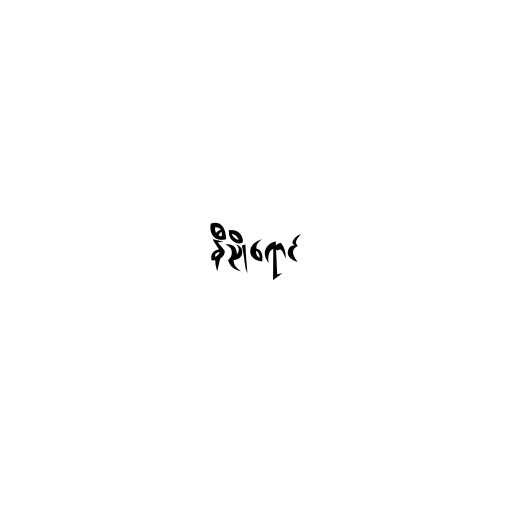
နီညိုရောင်